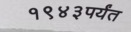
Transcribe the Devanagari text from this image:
१९४३पर्यंत